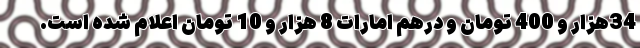
34هزار و 400 تومان و درهم امارات 8 هزار و 10 تومان اعلام شده است.